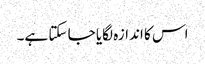
اس کا اندازہ لگایا جا سکتا ہے۔